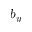
b _ { y }